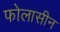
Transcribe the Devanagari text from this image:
फोलासीन